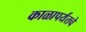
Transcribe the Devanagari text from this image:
काळापर्यंतचे